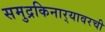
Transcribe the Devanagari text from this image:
समुद्रकिनार्‍यावरची